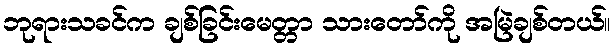
ဘုရားသခင်က ချစ်ခြင်းမေတ္တာ သားတော်ကို အမြဲချစ်တယ်။